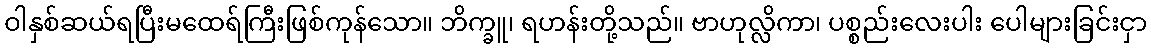
ဝါနှစ်ဆယ်ရပြီးမထေရ်ကြီးဖြစ်ကုန်သော။ ဘိက္ခူ၊ ရဟန်းတို့သည်။ ဗာဟုလ္လိကာ၊ ပစ္စည်းလေးပါး ပေါများခြင်းငှာ